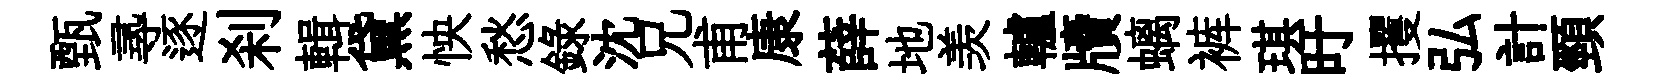
甄𡬶逐刹輯黛怏愁錄沈兄甫康薛地羡轤牘螭裤琪旴攫弘計頸